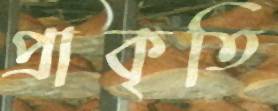
প্রাকৃতি